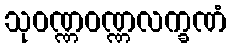
သုဝဏ္ဏဝဏ္ဏလက္ခဏံ